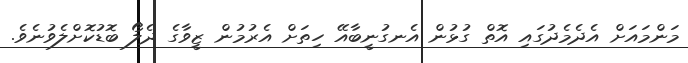
މަންމައަށް އެދެމެދުގައި އޮތް ގުޅުން އެނގުނީބާއޭ ހިތަށް އެރުމުން ޒީވާގެ ދެލޯ ބޮޑުކޮށްލެވުނެވެ.